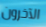
الآخرون